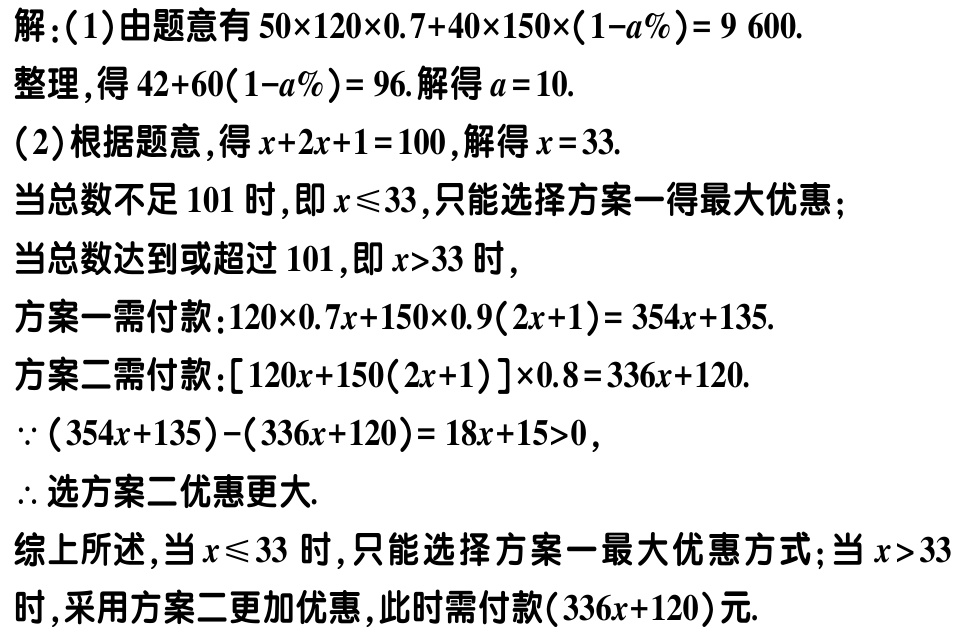
解：(1)由题意有 \(50\times120\times0.7 + 40\times150\times(1 - a\%) = 9600\).
整理，得 \(42+60(1 - a\%) = 96\). 解得 \(a = 10\).
(2)根据题意，得 \(x + 2x + 1 = 100\), 解得 \(x = 33\).
当总数不足 \(101\) 时，即 \(x\leq33\), 只能选择方案一得最大优惠；
当总数达到或超过 \(101\), 即 \(x>33\) 时，
方案一需付款：\(120\times0.7x + 150\times0.9(2x + 1)=354x + 135\).
方案二需付款：\([120x + 150(2x + 1)]\times0.8 = 336x + 120\).
\(\because(354x + 135)-(336x + 120)=18x + 15>0\),
\(\therefore\) 选方案二优惠更大.
综上所述，当 \(x\leq33\) 时，只能选择方案一最大优惠方式；当 \(x>33\) 时，采用方案二更加优惠，此时需付款 \((336x + 120)\) 元.